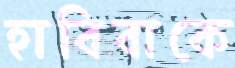
হাবিবাকে